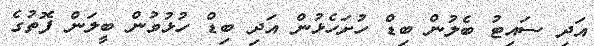
އަދި ސައިޓު ބެލުން ބިޑް ހުށަހެޅުން އަދި ބިޑް ހުޅުވުން ބީލަން ފޮތުގެ